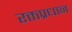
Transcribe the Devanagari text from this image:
रक्तप्रधान